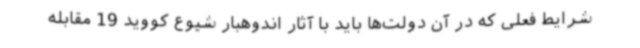
شرایط فعلی که در آن دولت‌ها باید با آثار اندوهبار شیوع کووید 19 مقابله